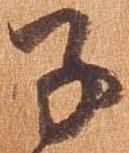
子